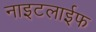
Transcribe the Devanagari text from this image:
नाइटलाईफ